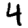
Digit: 4